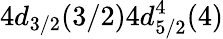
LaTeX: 4d_{3/2}(3/2)4d_{5/2}^{4}(4)